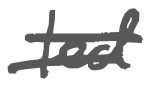
Text: led
Cross-out: mix
Writing tool: digital_gray